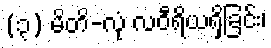
(၃) မိတိ-လုံ လဝီရိယရှိခြင်း၊